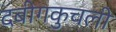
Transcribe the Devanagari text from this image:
दबीगकुचली